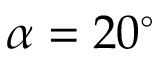
\alpha = 2 0 ^ { \circ }